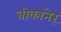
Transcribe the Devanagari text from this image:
बीकानेर्